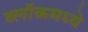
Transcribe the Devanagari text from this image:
ब्लॉकमध्‍ये